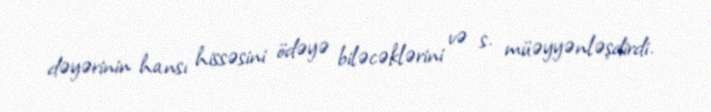
dəyərinin hansı hissəsini ödəyə biləcəklərini və s. müəyyənləşdirdi.